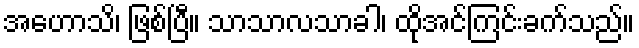
အဟောသိ၊ ဖြစ်ပြီ။ သာသာလသာခါ၊ ထိုအင်ကြင်းခက်သည်။